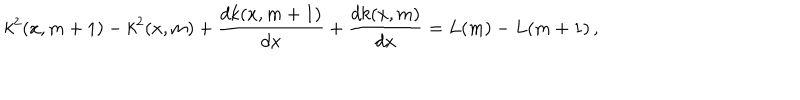
k ^ { 2 } ( x , m + 1 ) - k ^ { 2 } ( x , m ) + \frac { d k ( x , m + 1 ) } { d x } + \frac { d k ( x , m ) } { d x } = L ( m ) - L ( m + 1 ) \, ,